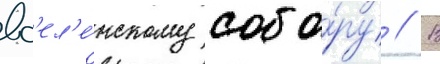
вс'ел'е́нскому собо́ру // В